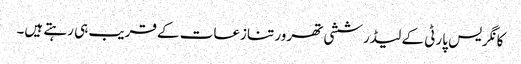
کانگریس پارٹی کے لیڈر ششی تھرور تنازعات کے قریب ہی رہتے ہیں۔